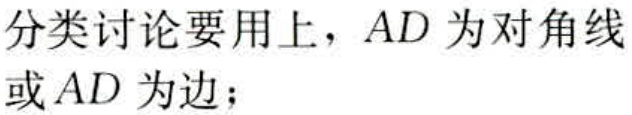
分类讨论要用上，$AD$ 为对角线或 $AD$ 为边；